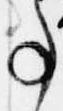
事